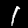
Digit: 1